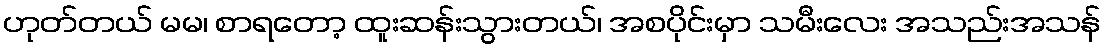
ဟုတ်တယ် မမ၊ စာရတော့ ထူးဆန်းသွားတယ်၊ အစပိုင်းမှာ သမီးလေး အသည်းအသန်